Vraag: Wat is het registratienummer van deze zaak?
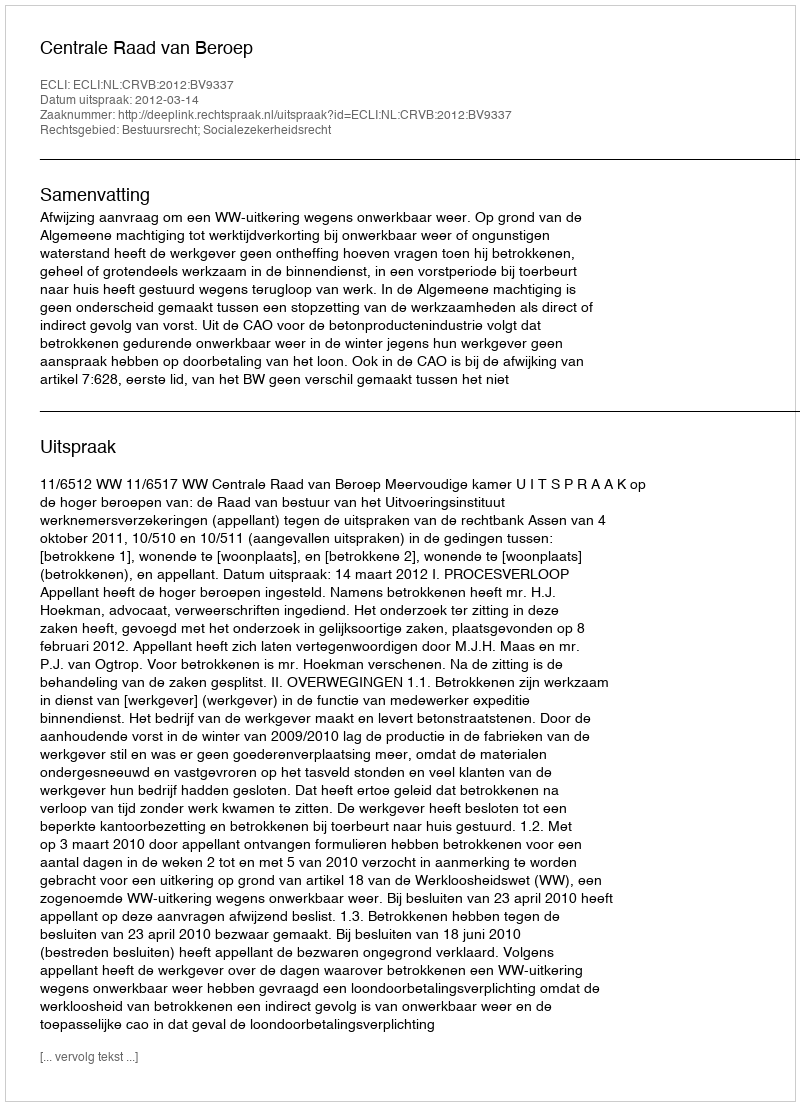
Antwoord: http://deeplink.rechtspraak.nl/uitspraak?id=ECLI:NL:CRVB:2012:BV9337